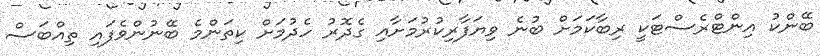
ބޭންކު އިންޓްރެސްޓަކީ ރިބާކަމަށް ބުނެ ވިޔަފާރިކުރުމަށާއި ގެދޮރު ހެދުމަށް ކިތަންމެ ބޭނުންވެފައި ތިއްބަސް